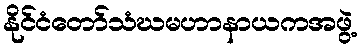
နိုင်ငံတော်သံဃမဟာနာယကအဖွဲ့